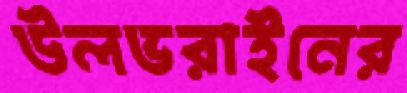
উলভরাইনের